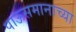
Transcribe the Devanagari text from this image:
पाऊसमानाच्या